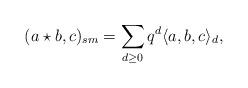
LaTeX: \begin{align*}(a \star b, c)_{sm} = \sum_{d \ge 0} q^d \langle a,b,c \rangle_d \/,\end{align*}